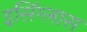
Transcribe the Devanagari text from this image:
इसिंग्लास